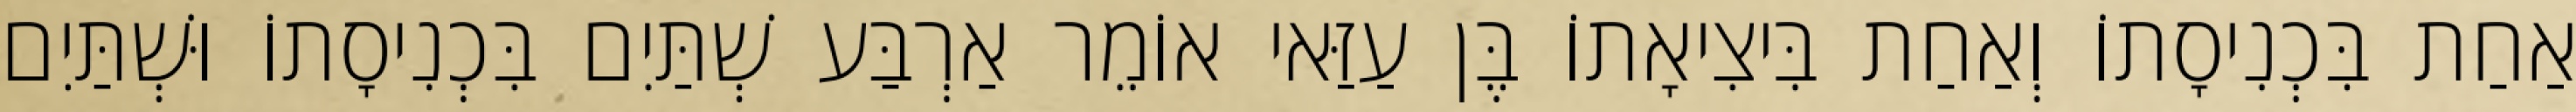
אַחַת בִּכְנִיסָתוֹ וְאַחַת בִּיצִיאָתוֹ בֶּן עַזַּאי אוֹמֵר אַרְבַּע שְׁתַּיִם בִּכְנִיסָתוֹ וּשְׁתַּיִם